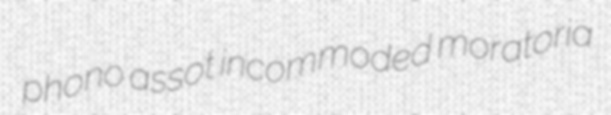
phono assot incommoded moratoria